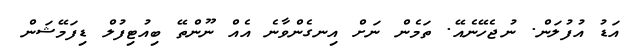
އަޑު އުފުލަން. ނުޖެހޭނެއޭ. ތަމެން ނަށް އިނގެންވާނެ އެއް ނޫންތޭ ބިއުޓިފުލް ޑިފަމޭޝަން